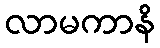
လာမကာနိ